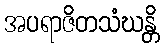
အပရာဇိတသံဃန္တိ